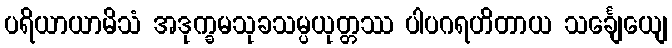
ပရိယာယာမိသံ အဒုက္ခမသုခသမ္ပယုတ္တဿ ပါပဂရဟိတာယ သင်္ချေယျေ